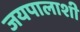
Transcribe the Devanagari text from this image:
जयपालाशी